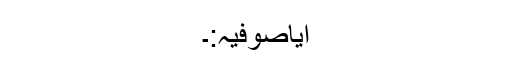
ایاصوفیہ:۔